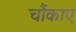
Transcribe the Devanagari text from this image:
चौंकाए